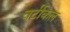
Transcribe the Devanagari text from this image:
वर्टीकल